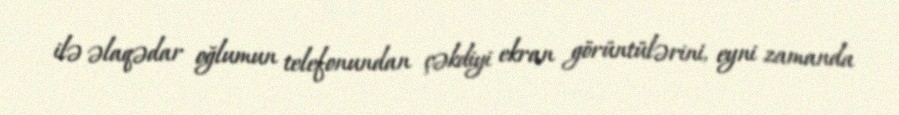
ilə əlaqədar oğlumun telefonundan çəkdiyi ekran görüntülərini, eyni zamanda